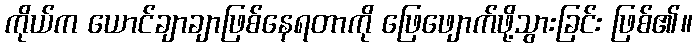
ကိုယ်က ယောင်ချာချာဖြစ်နေရတာကို ဖြေဖျောက်ဖို့သွားခြင်း ဖြစ်၏။